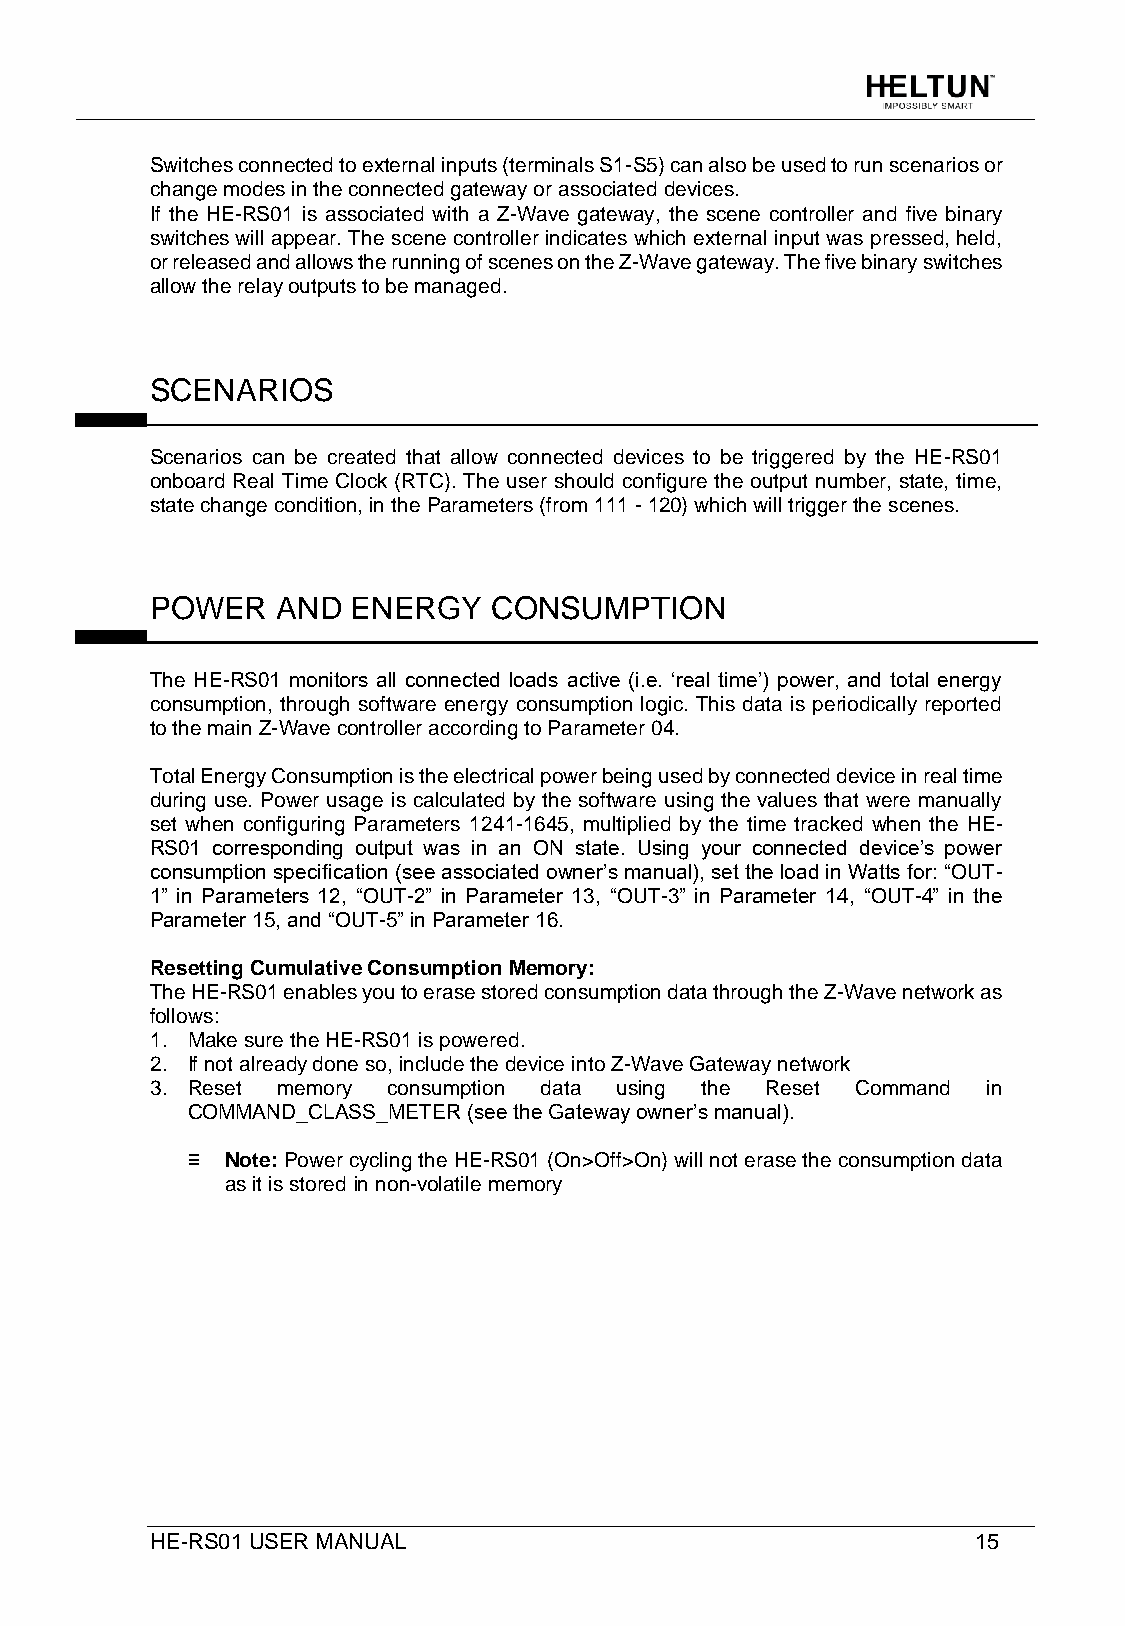
Switches connected to external inputs (terminals S1-S5) can also be used to run scenarios or
 change modes in the connected gateway or associated devices.
 If the HE-RS01 is associated with a Z-Wave gateway, the scene controller and five binary
 switches will appear. The scene controller indicates which external input was pressed, held,
 or released and allows the running of scenes on the Z-Wave gateway. The five binary switches
 allow the relay outputs to be managed.
 SCENARIOS
 Scenarios can be created that allow connected devices to be triggered by the HE-RS01
 onboard Real Time Clock (RTC). The user should configure the output number, state, time,
 state change condition, in the Parameters (from 111 - 120) which will trigger the scenes.
 POWER   AND  ENERGY    CONSUMPTION
 The HE-RS01 monitors all connected loads active (i.e. ‘real time’) power, and total energy
 consumption, through software energy consumption logic. This data is periodically reported
 to the main Z-Wave controller according to Parameter 04.
 Total Energy Consumption is the electrical power being used by connected device in real time
 during use. Power usage is calculated by the software using the values that were manually
 set when configuring Parameters 1241-1645, multiplied by the time tracked when the HE-
 RS01 corresponding output was in an ON state. Using your connected device’s power
 consumption specification (see associated owner’s manual), set the load in Watts for: “OUT-
 1” in Parameters 12, “OUT-2” in Parameter 13, “OUT-3” in Parameter 14, “OUT-4” in the
 Parameter 15, and “OUT-5” in Parameter 16.
 Resetting Cumulative Consumption Memory:
 The HE-RS01 enables you to erase stored consumption data through the Z-Wave network as
 follows:
 1. Make sure the HE-RS01 is powered.
 2. If not already done so, include the device into Z-Wave Gateway network
 3. Reset memory consumption data using the Reset Command in
 COMMAND_CLASS_METER (see the Gateway owner’s manual).
 ≡  Note: Power cycling the HE-RS01 (On>Off>On) will not erase the consumption data
 as it is stored in non-volatile memory
 HE-RS01 USER MANUAL                                    15